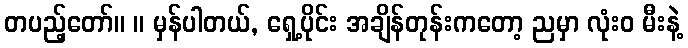
တပည့်တော်။ ။ မှန်ပါတယ်, ရှေ့ပိုင်း အချိန်တုန်းကတော့ ညမှာ လုံးဝ မီးနဲ့